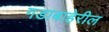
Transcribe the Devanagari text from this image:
गडाबाहेरील